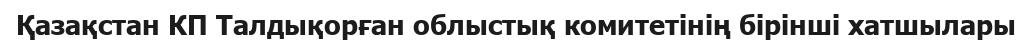
Қазақстан КП Талдықорған облыстық комитетінің бірінші хатшылары